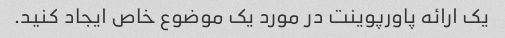
یک ارائه پاورپوینت در مورد یک موضوع خاص ایجاد کنید.